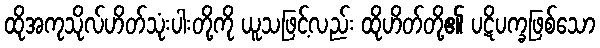
ထိုအကုသိုလ်ဟိတ်သုံးပါးတို့ကို ယူသဖြင့်လည်း ထိုဟိတ်တို့၏ ပဋိပက္ခဖြစ်သော